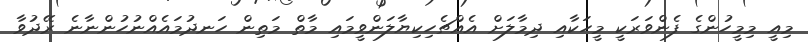
މިއީ މިމީހުންގެ ފެންވަރަކީ މީހަކާއި ދިމާލަށް އެއްޗެހިކިޔާލަންވީމައި މާތް މަތިން ހަނދުމައެއްނުހުންނާނެ ރޭދުވާ